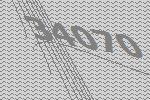
34070